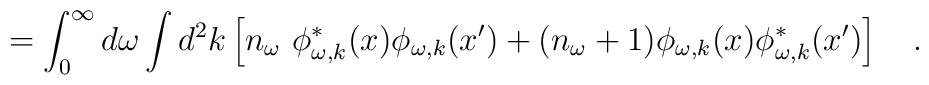
=\int_{0}^{\infty}d\omega\int d^2k\left[n_\omega~ \phi^{*}_{\omega,k}(x)\phi_{\omega,k}(x')+(n_\omega+1)\phi_{\omega,k}(x)\phi^{*}_{\omega,k}(x')\right]~~~.